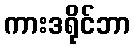
ကားဒရိုင်ဘာ